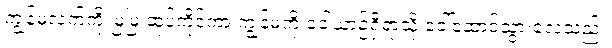
ကျွန်မလက်ကို မြဲမြဲ ဆုပ်ကိုင်ကာ ကျွန်မကို ဝေါယာဉ်ရှိရာသို့ ခေါ်ဆောင်သွားလေသည်။